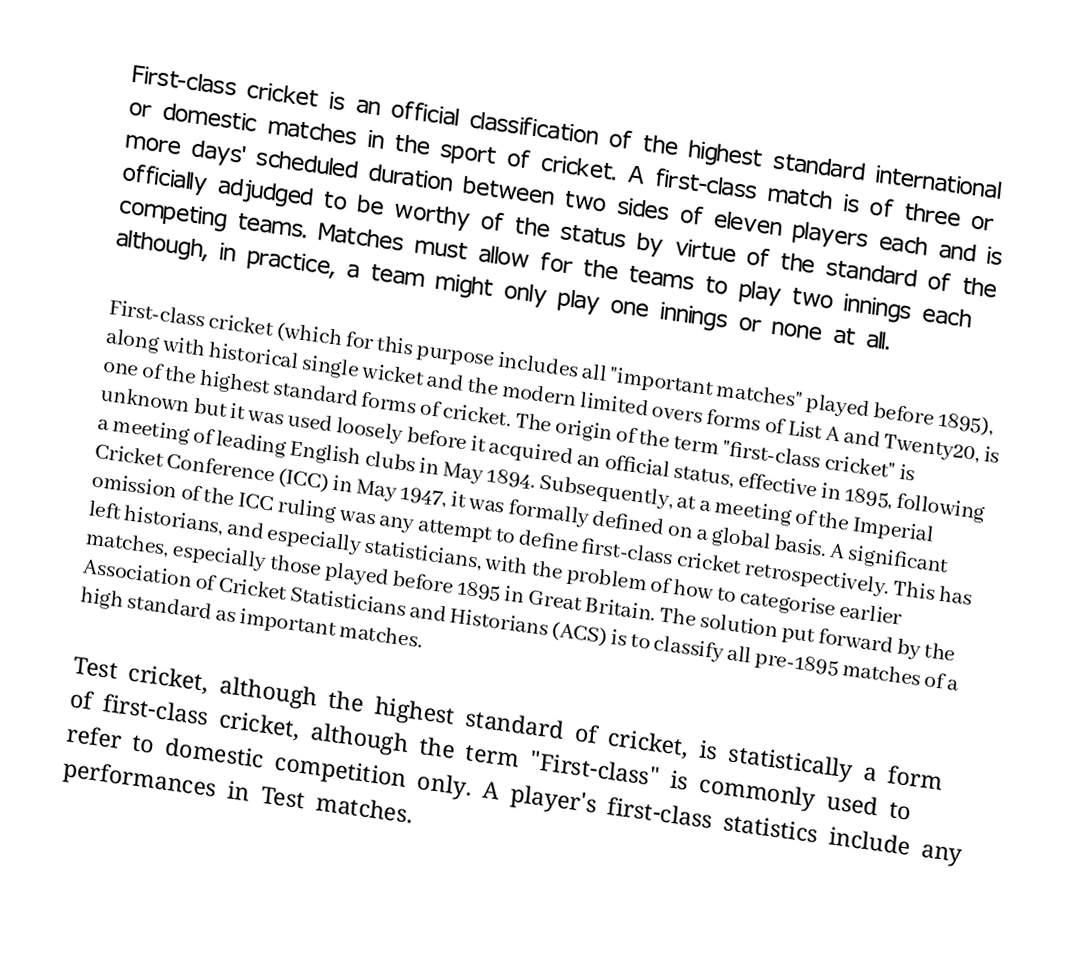
First-class cricket is an official classification of the highest standard international or domestic matches in the sport of cricket. A first-class match is of three or more days' scheduled duration between two sides of eleven players each and is officially adjudged to be worthy of the status by virtue of the standard of the competing teams. Matches must allow for the teams to play two innings each although, in practice, a team might only play one innings or none at all.

First-class cricket (which for this purpose includes all "important matches" played before 1895), along with historical single wicket and the modern limited overs forms of List A and Twenty20, is one of the highest standard forms of cricket. The origin of the term "first-class cricket" is unknown but it was used loosely before it acquired an official status, effective in 1895, following a meeting of leading English clubs in May 1894. Subsequently, at a meeting of the Imperial Cricket Conference (ICC) in May 1947, it was formally defined on a global basis. A significant omission of the ICC ruling was any attempt to define first-class cricket retrospectively. This has left historians, and especially statisticians, with the problem of how to categorise earlier matches, especially those played before 1895 in Great Britain. The solution put forward by the Association of Cricket Statisticians and Historians (ACS) is to classify all pre-1895 matches of a high standard as important matches.

Test cricket, although the highest standard of cricket, is statistically a form of first-class cricket, although the term "First-class" is commonly used to refer to domestic competition only. A player's first-class statistics include any performances in Test matches.